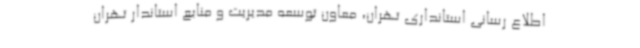
اطلاع رسانی استانداری تهران، معاون توسعه مدیریت و منابع استاندار تهران